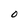
Character: O